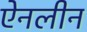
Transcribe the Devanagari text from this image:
ऐनलीन